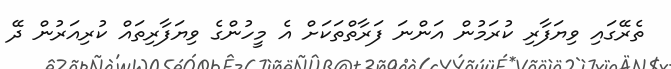
ތެރޭގައި ވިޔަފާރި ކުރަމުން އަންނަ ފަރާތްތަކަށް އެ މީހުންގެ ވިޔަފާރިތައް ކުރިއަރުން ދޭ